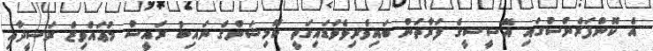
އެ ކޮންފަރެންސުގައި އޭސީސީގެ ފަރާތުން ބައިވެރިވެވަޑައިގަތީ ކޮމިޝަންގެ ނައިބު ރައީސް މުޢައްވިޒް ރަޝީދާއި